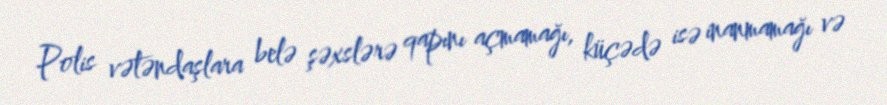
Polis vətəndaşlara belə şəxslərə qapını açmamağı, küçədə isə inanmamağı və